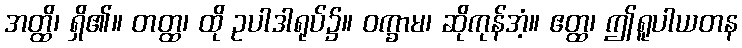
အတ္ထိ၊ ရှိ၏။ တတ္ထ၊ ထို ဥပါဒါရုပ်၌။ ဝက္ခာမ၊ ဆိုကုန်အံ့။ ဧတ္ထ၊ ဤရူပါယတန